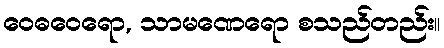
ဝေဓဝေရော, သာမဏေရော စသည်တည်း။